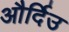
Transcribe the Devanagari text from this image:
और्दिउ